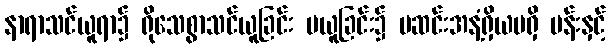
နာရာသင်ယူရာ၌ ရိုသေစွာသင်ယူခြင်း မယူခြင်း၌ မဆင်းအနံ့ရှိယမရှိ ပန်းနှင့်